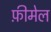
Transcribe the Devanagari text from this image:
फ़ीमेल